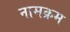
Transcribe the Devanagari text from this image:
नामक्रम